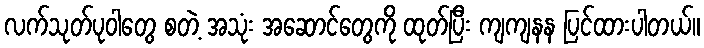
လက်သုတ်ပုဝါတွေ စတဲ့ အသုံး အဆောင်တွေကို ထုတ်ပြီး ကျကျနန ပြင်ထားပါတယ်။